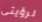
لرؤيتى